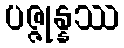
ပဇ္ဇုန္နဿ